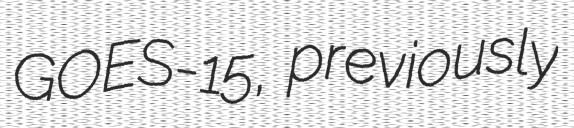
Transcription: GOES-15, previously